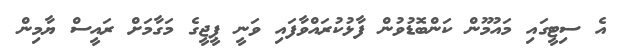
އެ ސިޓީގައި މައުމޫން ކަންބޮޑުވުން ފާޅުކުރައްވާފައި ވަނީ ޕީޖީގެ މަގާމަށް ރައީސް ޔާމިން